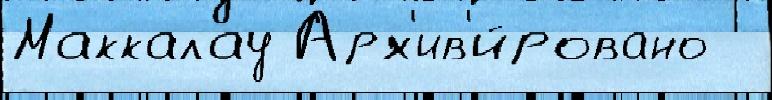
Маккалау Арх'ив'и́ровано